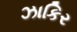
ઝાકિર